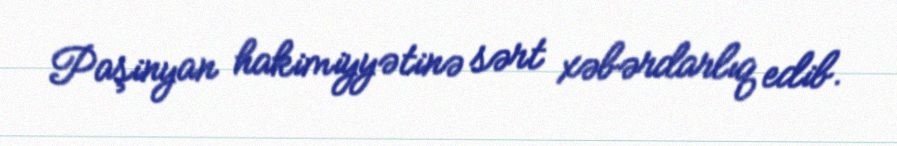
Paşinyan hakimiyyətinə sərt xəbərdarlıq edib.